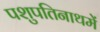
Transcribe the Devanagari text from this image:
पशुपतिनाथमें